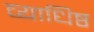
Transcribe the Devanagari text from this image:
व्याधिष्ठ